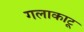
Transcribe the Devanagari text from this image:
गलाकाटू